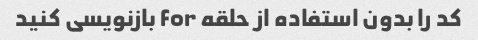
کد را بدون استفاده از حلقه for بازنویسی کنید